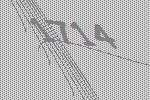
1714